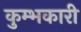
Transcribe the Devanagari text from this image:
कुम्भकारी